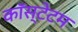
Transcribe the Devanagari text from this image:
कॉस्टेटम